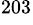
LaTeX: ^{203}